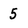
Character: 5